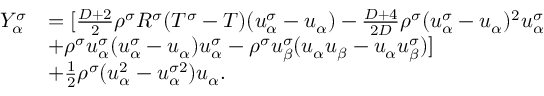
\begin{array} { r } { \begin{array} { r l } { Y _ { \alpha } ^ { \sigma } } & { = [ \frac { D + 2 } { 2 } \rho ^ { \sigma } R ^ { \sigma } ( T ^ { \sigma } - T ) ( u _ { \alpha } ^ { \sigma } - u _ { \alpha } ) - \frac { D + 4 } { 2 D } \rho ^ { \sigma } ( u _ { \alpha } ^ { \sigma } - u _ { \alpha } ) ^ { 2 } u _ { \alpha } ^ { \sigma } } \\ & { + \rho ^ { \sigma } u _ { \alpha } ^ { \sigma } ( u _ { \alpha } ^ { \sigma } - u _ { \alpha } ) u _ { \alpha } ^ { \sigma } - \rho ^ { \sigma } u _ { \beta } ^ { \sigma } ( u _ { \alpha } u _ { \beta } - u _ { \alpha } u _ { \beta } ^ { \sigma } ) ] } \\ & { + \frac { 1 } { 2 } \rho ^ { \sigma } ( u _ { \alpha } ^ { 2 } - u _ { \alpha } ^ { \sigma 2 } ) u _ { \alpha } . } \end{array} } \end{array}